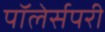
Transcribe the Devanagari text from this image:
पॉलेर्सपरी